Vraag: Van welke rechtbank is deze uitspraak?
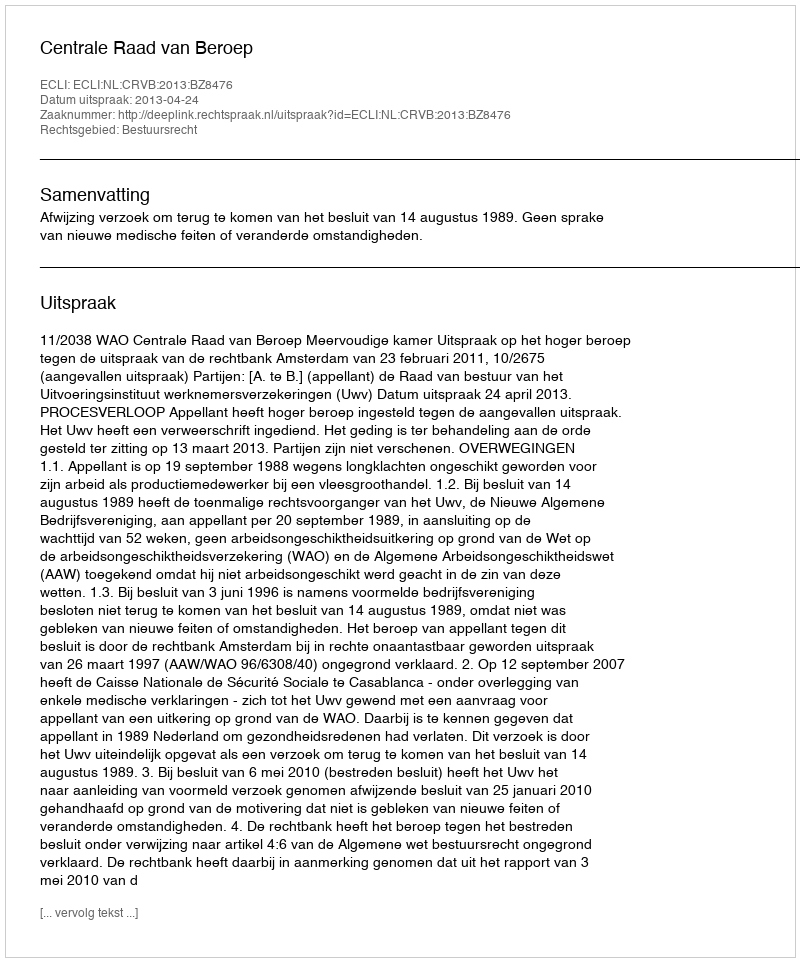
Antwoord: Centrale Raad van Beroep